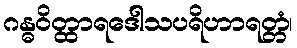
ဂန္ဓဝိတ္ထာရဒေါသပရိဟာရတ္တံ၊